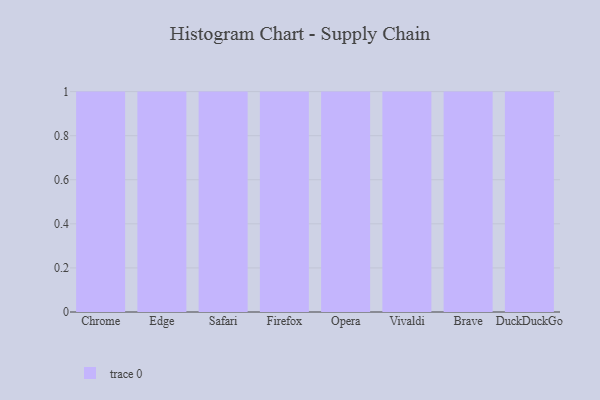
{"axis": {"x": "Browser", "y": "Backlog"}, "legend": [""], "data": [{"x": "Chrome", "y": 48, "type": ""}, {"x": "Edge", "y": 43, "type": ""}, {"x": "Safari", "y": 74, "type": ""}, {"x": "Firefox", "y": 25, "type": ""}, {"x": "Opera", "y": 5, "type": ""}, {"x": "Vivaldi", "y": 11, "type": ""}, {"x": "Brave", "y": 26, "type": ""}, {"x": "DuckDuckGo", "y": 6, "type": ""}]}